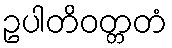
ဥပါတိဝတ္တတံ